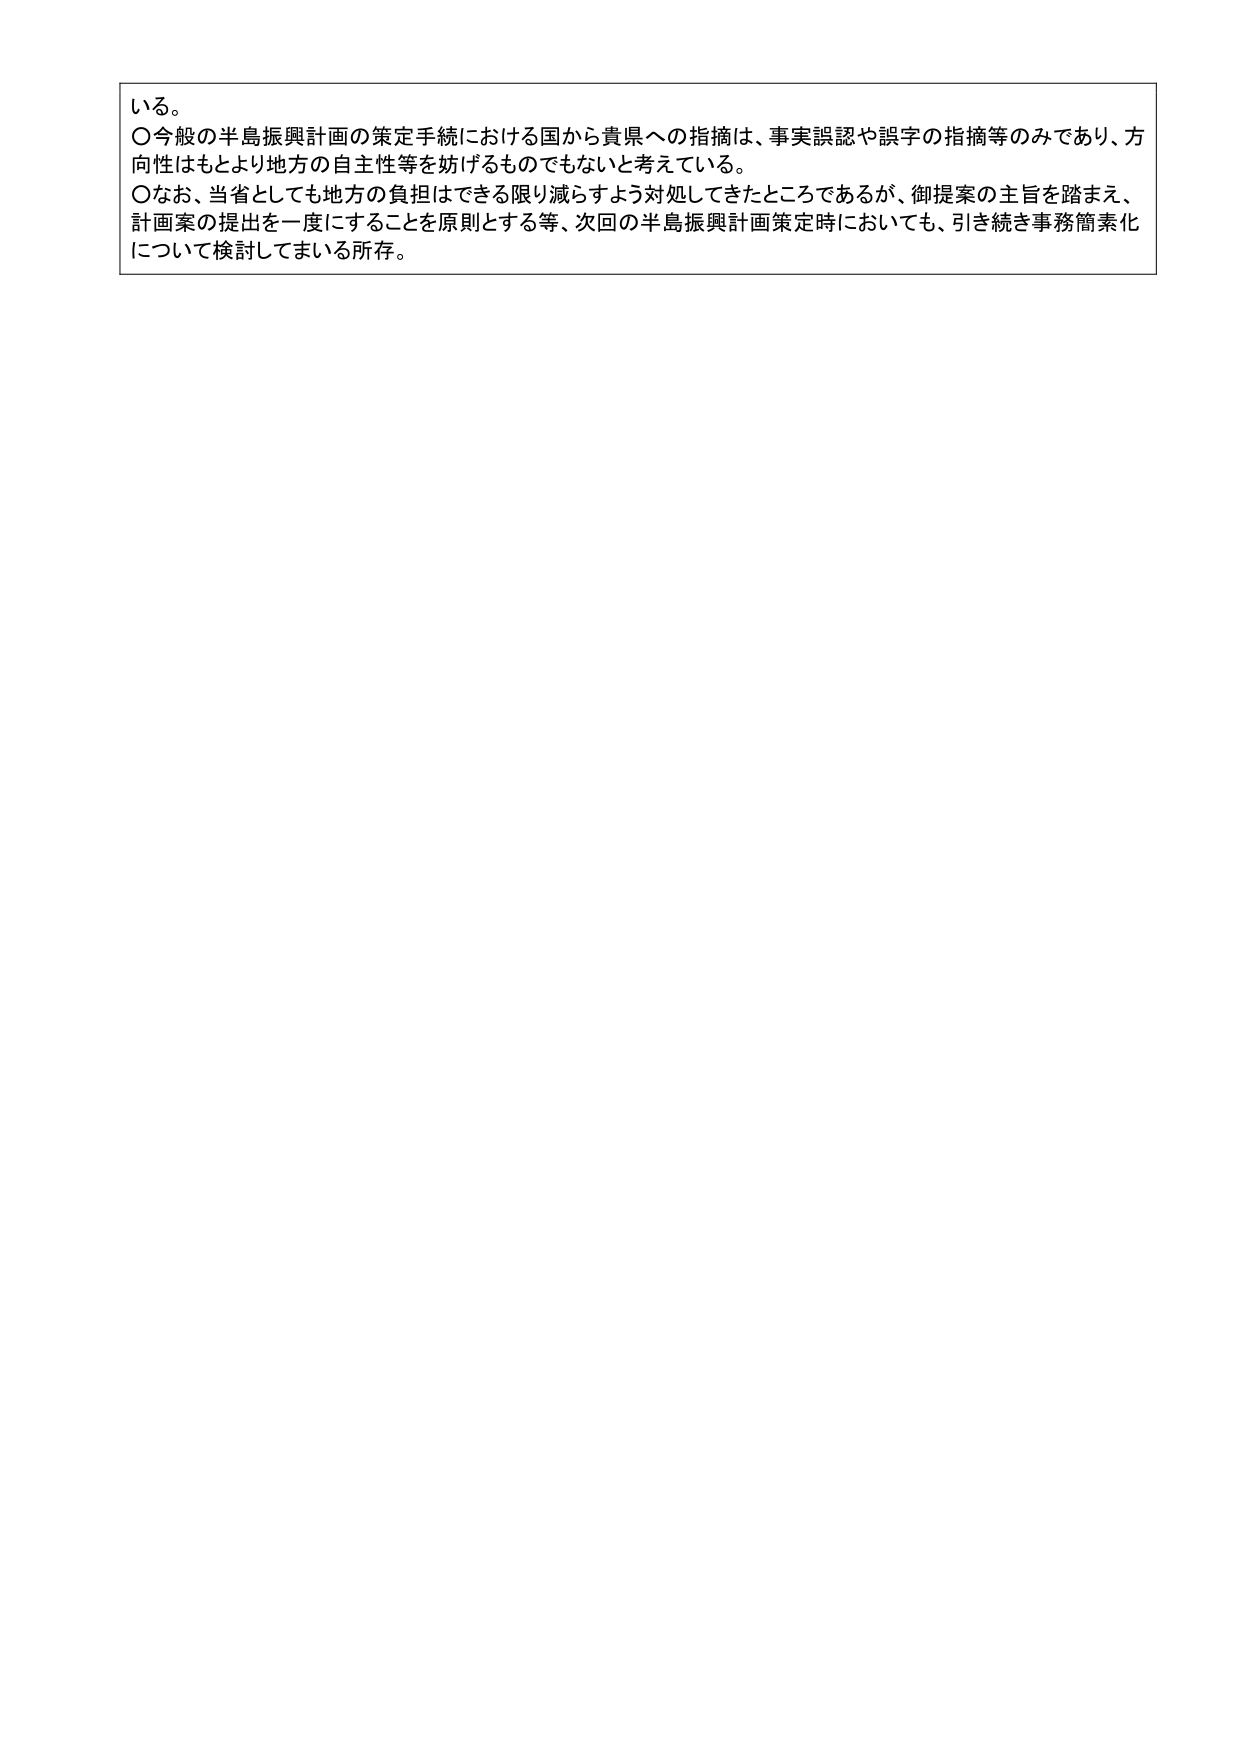
いる。
〇今般の半島振興計画の策定手続における国から貴県への指摘は、事実誤認や誤字の指摘等のみであり、方向性はもとより地方の自主性等を妨げるものでもないと考えている。
〇なお、当省としても地方の負担はできる限り減らすよう対処してきたところであるが、御提案の主旨を踏まえ、計画案の提出を一度にすることを原則とする等、次回の半島振興計画策定時においても、引き続き事務簡素化について検討してまいる所存。